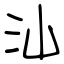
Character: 汕